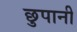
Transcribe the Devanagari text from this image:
छुपानी